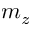
m _ { z }